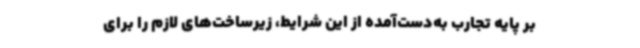
بر پایه تجارب به‌دست‌آمده از این شرایط، زیرساخت‌های لازم را برای